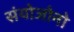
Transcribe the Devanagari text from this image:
संयोजोनो